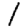
Digit: 1